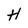
Character: H